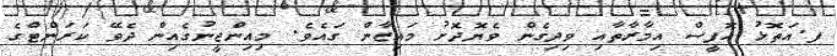
ފ.އަތޮޅު އޮފީސް އިމާރާތާއި ވިދިގެން ވެޔޮދޮށު މައިޒާން ގައެވެ. މިއިންޖީނުގެއިން ދެވޭ ކަރަންޓްގެ